Medical and sanitary report of the native army of Madras for the year
Year: 1878
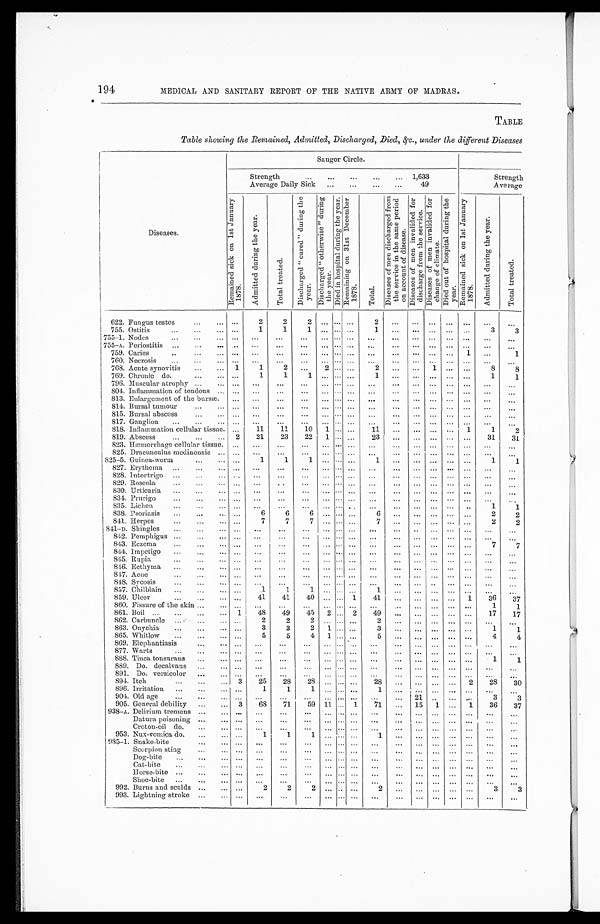
194
MEDICAL AND SANITARY REPORT OF THE NATIVE ARMY OF MADRAS.
TABLE
Table showing the Remained, Admitted, Discharged, Died, &c., under the different Diseases
Diseases.
Saugor Circle.
Strength . . .
1,633
Strength
Average Daily Sick . . .
49
Average
R e m a i n e d s i c k o n 1 s t J a n u a r y 1 8 7 8 .
A d m i t t e d d u r i n g t h e y e a r .
T o t a l t r e a t e d .
D i s c h a r g e d " c u r e d " d u r i n g t h e y e a r .
D i s c h a r g e d " o t h e r w i s e " d u r i n g t h e y e a r .
D i e d i n h o s p i t a l d u r i n g t h e y e a r . R e m a i n i n g o n 3 1 s t D e c e m b e r 1 8 7 8 .
T o t a l .
D i s e a s e s o f m e n d i s c h a r g e d f r o m t h e s e r v i c e i n t h e s a m e p e r i o d o n a c c o u n t o f d i s e a s e .
D i s e a s e s o f m e n i n v a l i d e d f o r d i s c h a r g e f r o m t h e s e r v i c e .
D i s e a s e s o f m e n i n v a l i d e d f o r c h a n g e o f c l i m a t e .
D i e d o u t o f h o s p i t a l d u r i n g t h e y e a r .
R e m a i n e d s i c k o n 1 s t J a n u a r y 1 8 7 8 .
A d m i t t e d d r u i n g t h e y e a r .
T o t a l t r e a t e d .
6 2 2 . F u n g u s t e s t e s . . .
. . .
2
2
2 . . .
. . . . . .
2
. . . . . .
. . .
. . .
. . .
. . .
. . .
755. Ostitis . . .
. . .
1
1
1 . . .
. . . . . .
1
. . .
. . .
. . .. . .
. . .
3
3
755-1. Nodes . . .
. . .
. . .
. . .
. . .
. . .
. . . . . .
. . .
. . .
. . .
. . .. . .
. . .
. . .
. . .
755-A. Periostitis . . .
. . .
. . .
. . .
. . .
. . .
. . . . . .
. . .
. . .
. . . . . .
. . .
. . .
. . .
. . .
759. Caries . . .
. . .
. . .
. . .
. . .
. . .
. . .
. . .
. . .
. . .
. . .
. . . . . .
1
. . .
1
760. Necrosis . . .
. . .
. . .
. . .
. . .
. . .
. . .
. . .
. . .
. . .
. . . . . .
. . .
. . .
. . .
. . .
768. Acute synovitis . . .
1
1
2
. . .
2 . . .
. . .
2
. . .
. . .
1
. . .
. . .
8
8
769. Chronic do. . . .
. . .
1
1
1
. . .
. . .
. . .
1
. . . . . .
. . . . . .
. . .
1
1
796. Muscular atrophy . . .
. . .
. . .
. . .
. . .
. . .
. . . . . .
. . .
. . .
. . . . . .
. . .
. . .
. . .
. . .
804. Inflammation of tendons . . .
. . .
. . .
. . .
. . .
. . .
. . .
. . . . . .
. . .
. . . . . .
. . .
. . .
. . .
. . .
813. Enlargement of the bursæ.
. . .
. . .
. . .
. . .
. . .
. . .
. . . . . .
. . .
. . . . . .
. . .
. . .
. . .
. . .
814. Bursal tumour . . .
. . .
. . .
. . .
. . .
. . .
. . .
. . .
. . .
. . .
. . . . . .
. . .
. . .
. . .
. . .
815. Bursal abscess . . .
. . .
. . .
. . .
. . .
. . .
. . .
. . .
. . .
. . .
. . . . . .
. . .
. . .
. . .
. . .
817. Ganglion . . .
. . .
. . .
. . .
. . .
. . .
. . .
. . .
. . .
. . .
. . .
. . . . . .
. . .
. . .
. . .
818. Inflammation cellular tissue.
. . .
11
11
10
1
. . .
. . .
11
. . .
. . . . . .
. . .
1
1
2
819. Abscess . . .
2
21
23
22
1
. . .
. . .
23
. . .
. . . . . .
. . .
. . .
31
31
823. Hæmorrhage cellular tissue.
. . .
. . .
. . .
. . .
. . .
. . .
. . .
. . .
. . .
. . . . . .
. . .
. . .
. . .
. . .
825. Dracunculus medinensis . . .
. . .
. . .
. . .
. . .
. . .
. . .
. . .
. . .
. . .
. . . . . .
. . .
. . .
. . .
. . .
825-5. Guinea-worm . . .
. . .
1
1
1
. . .
. . .
. . . 1
. . . . . .
. . . . . .
. . .
1
1
827. Erythema . . .
. . .
. . .
. . .
. . .
. . .
. . .
. . .
. . .
. . .
. . . . . .
. . .
. . .
. . . . . .
828. Intertrigo . . .
. . .
. . .
. . .
. . .
. . .
. . .
. . .
. . .
. . .
. . . . . .
. . .
. . .
. . .
. . .
829. Roseola . . .
. . .
. . .
. . .
. . .
. . .
. . .
. . .
. . .
. . .
. . . . . .
. . .
. . .
. . .
. . .
830. Urticaria . . .
. . .
. . .
. . .
. . .
. . .
. . .
. . .
. . .
. . .
. . . . . .
. . .
. . .
. . .
. . .
834. Prnrigo . . .
. . .
. . .
. . .
. . .
. . .
. . .
. . .
. . .
. . .
. . . . . .
. . .
. . .
. . .
. . .
835. Lichen . . .
. . .
. . .
. . .
. . .
. . . . . .
. . .. . .
. . .
. . .
. . . . . .
. . .
1
1
838. Psoriasis . . .
. . .
6
6
6
. . . . . .
. . .
6
. . .
. . . . . .
. . .
. . .
2
2
841. Herpes . . .
. . .
7
7
7
. . . . . .
. . .
7
. . .
. . .
. . . . . .
. . .
2
2
841-D. Shingles . . .
. . .
. . .
. . .
. . .
. . .
. . .
. . .
. . .
. . .
. . . . . .
. . .
. . .
. . .
. . .
842. Pemphigus . . .
. . .
. . .
. . .
. . .
. . .
. . .
. . .
. . .
. . .
. . .
. . .
. . .
. . .
. . .
. . .
843. Eczema . . .
. . .
. . .
. . .
. . .
. . . . . .
. . .
. . .
. . .
. . .
. . .
. . .
. . .
7
7
844. Impetigo . . .
. . .
. . .
. . .
. . .
. . . . . .
. . .
. . .
. . .
. . . . . .
. . .
. . .
. . .
. . .
845. Rupia . . .
. . .
. . .
. . .
. . .
. . . . . .
. . .
. . .
. . .
. . .
. . .
. . .
. . .
. . .
. . .
846. Ecthyma . . .
. . .
. . .
. . .
. . .
. . . . . .
. . .
. . .
. . .
. . .
. . .
. . .
. . .
. . .
. . .
847. Acne . . .
. . .
. . .
. . .
. . .
. . . . . .
. . .
. . .
. . .
. . .
. . .
. . .
. . .
. . .
. . .
848. Sycosis . . .
. . .
. . .
. . .
. . .
. . . . . .
. . .
. . .
. . .
. . .
. . .
. . .
. . .
. . .
. . .
857. Chilblain . . .
. . .
1
1
1
. . . . . .
. . .
1
. . .
. . .
. . .
. . .
. . .
. . .
. . .
859. Ulcer . . .
. . .
41
41
40
. . . . . . 1
41
. . .
. . .
. . . . . .
1
36
37
860. Fissure of the skin . . .
. . .
. . .
. . .
. . .
. . . . . .
. . .
. . .
. . .
. . .
. . .
. . .
. . .
1
1
861. Boil . . .
1
48
49
45
2
. . . 2
49
. . .
. . .
. . .
. . .
. . .
17
17
862. Carbuncle . . .
. . .
2
2
2
. . . . . .
. . .
2
. . .
. . .
. . .
. . .
. . .
. . .
. . .
863. Onychia . . .
. . .
3
3
2
1 . . .
. . .
3
. . .
. . .
. . .
. . .
. . .
1
1
865. Whitlow . . .
. . .
5
5
4
1
. . .
. . .
5
. . .
. . .
. . .
. . .
. . .
4
4
869. Elephantiasis . . .
. . .
. . .
. . .
. . .
. . . . . .
. . .
. . .
. . .
. . .
. . .
. . .
. . .
. . .
. . .
877. Warts . . .
. . .
. . .
. . .
. . .
. . . . . .
. . .
. . .
. . .
. . .
. . .
. . .
. . .
. . .
. . .
888. Tinea tonsurans . . .
. . .
. . .
. . .
. . .
. . . . . .
. . .
. . .
. . .
. . .
. . .
. . .
. . .
1
1
889. Do. decalvans . . .
. . .
. . .
. . .
. . .
. . . . . .
. . .
. . .
. . .
. . . . . .
. . .
. . .
. . .
. . .
891. Do. versicolor . . .
. . .
. . .
. . . . . .
. . . . . .
. . .
. . .
. . .
. . .
. . .
. . .
. . .
. . .
. . .
894. Itch . . .
3
25
28
28
. . . . . .
. . .
28
. . .
. . .
. . .
. . .
2
28
30
896. Irritation . . .
. . .
1
1
1
. . . . . .
. . .
1
. . .
. . .
. . . . . .
. . .
. . . . . .
904. Old age . . .
. . .
. . .
. . .
. . .
. . . . . .
. . .
. . .
. . . 21
. . .
. . .
. . .
3
3
905. General debility . . .
3
68
71
59 11
. . .
1
71
. . .
15
1
. . .
1
36
37
938-A. Delirium tremens . . .
. . .
. . .
. . . . . .
. . . . . .
. . .
. . .
. . .
. . .
. . .
. . .
. . .
. . . . . .
Datum poisoning . . .
. . .
. . .
. . . . . .
. . . . . .
. . .
. . .
. . .
. . .
. . .
. . .
. . .
. . .
. . .
Croton-oil do. . . .
. . .
. . .
. . . . . .
. . . . . .
. . .
. . .
. . .
. . .
. . .
. . .
. . .
. . .
. . .
953. Nux-vomica do. . . .
. . .
1
1
1
. . . . . .
. . .
1
. . .
. . .
. . .
. . .
. . .
. . .
. . .
985-1. Snake-bite . . .
. . .
. . .
. . . . . .
. . . . . .
. . .
. . .
. . .
. . .
. . .
. . .
. . .
. . .
. . .
Scorpion sting . . .
. . .
. . .
. . . . . .
. . . . . .
. . .
. . .
. . .
. . .
. . .
. . .
. . .
. . .
. . .
Dog-bite . . .
. . .
. . .
. . . . . .
. . . . . .
. . .
. . .
. . .
. . .
. . .
. . .
. . .
. . .
. . .
Cat-bite . . .
. . .
. . .
. . . . . .
. . . . . .
. . .
. . .
. . .
. . . . . .
. . .
. . .
. . .
. . .
Horse-bite . . .
. . .
. . .
. . . . . .
. . . . . .
. . .
. . .
. . .
. . .
. . .
. . .
. . .
. . .
. . .
Shoe-bite . . .
. . .
. . .
. . .
. . .
. . . . . .
. . .
. . .
. . .
. . .
. . .
. . .
. . .
. . .
. . .
992. Burns and scalds . . .
. . .
2
2
2
. . . . . .
. . .
2
. . .
. . .
. . .
. . .
. . .
3
3
993. Lightning stroke . . .
. . .
. . .
. . . . . .
. . . . . .
. . .
. . .
. . .
. . .
. . .
. . .
. . .
. . .
. . .